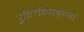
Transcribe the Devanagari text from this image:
रुधिरविषाक्तता